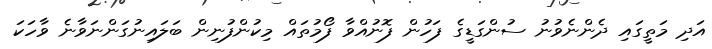
އަދި މަތީގައި ދެންނެވުނު ސުންގަޑީގެ ފަހުން ފޮނުއްވާ ފޯމުތައް މިކުންފުނިން ބަލައިނުގަންނަވާނެ ވާހަކަ